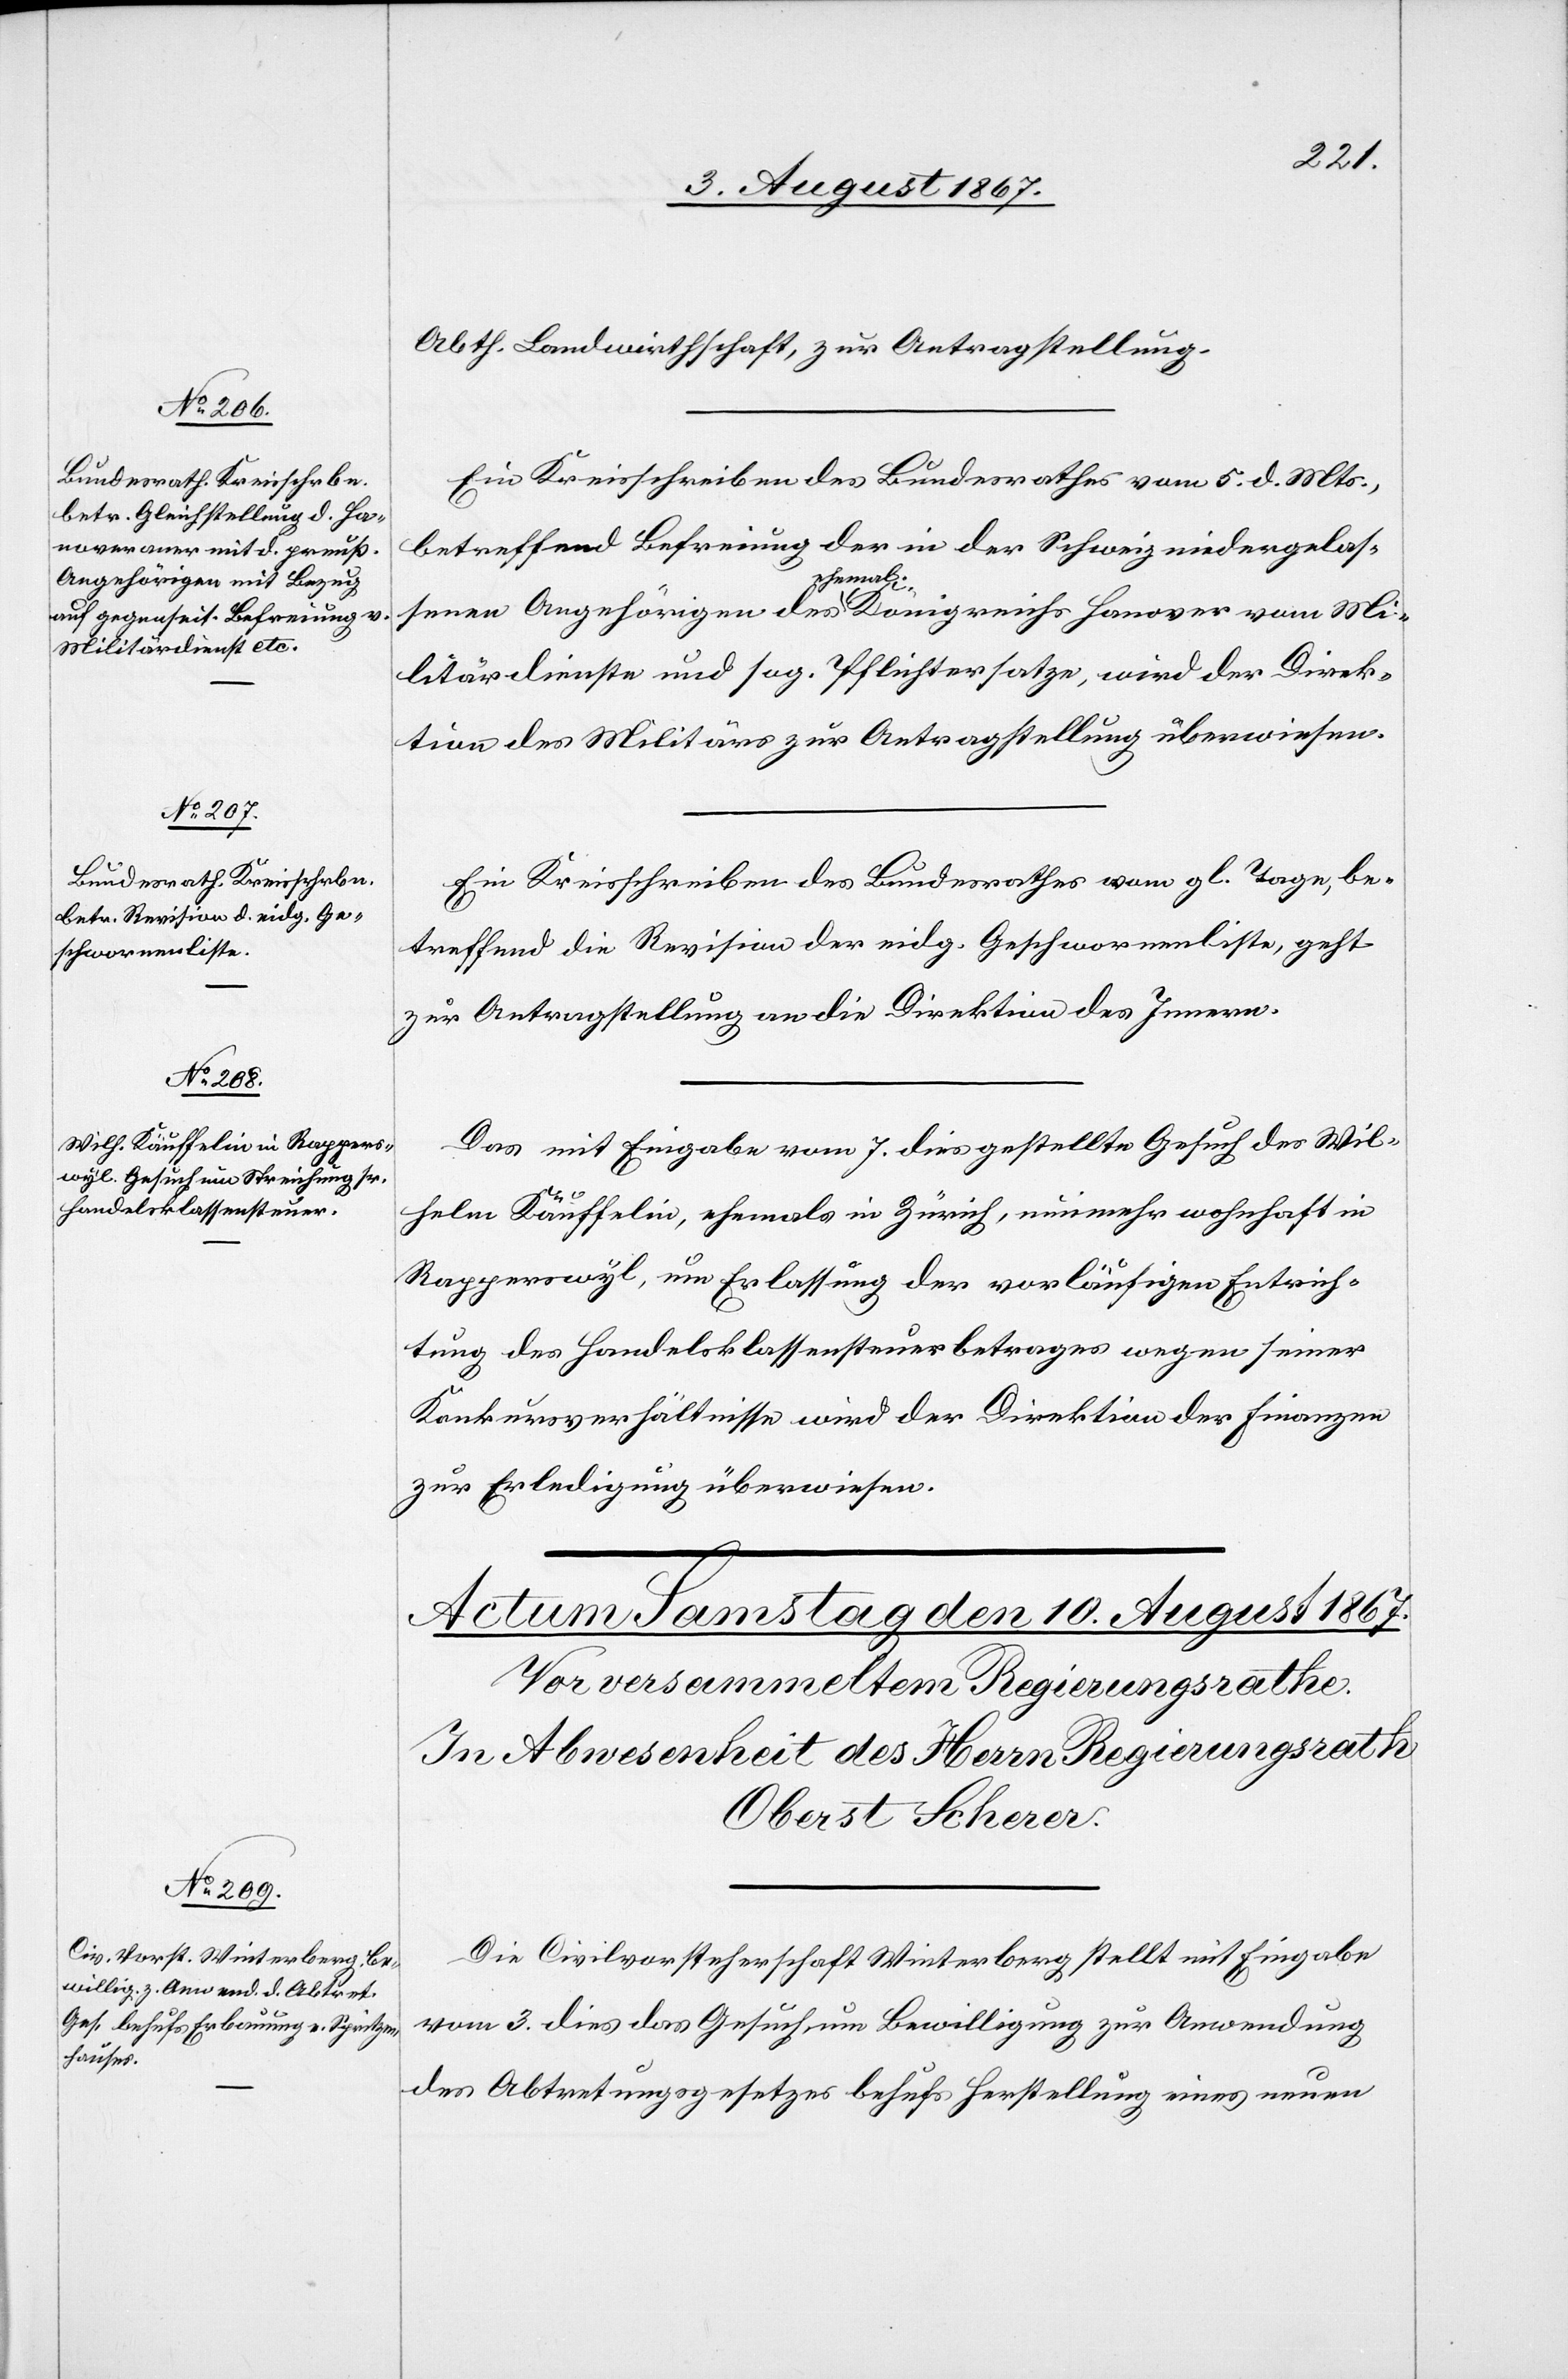
9. August 1867.]
Abth. Landwirthschaft, zur Antragstellung.
Ein Kreisschreiben des Bundesrathes vom 5. d. Mts.
betreffend Befreiung der in der Schweiz niedergelas¬
senen Angehörigen des a-ehemal.-a Königreichs Hanover vom Mi¬
litärdienste und sog. Pflichtersatze, wird der Direk¬
tion des Militärs zur Antragstellung überwiesen.
Ein Kreisschreiben des Bundesrathes vom gl. Tage, be¬
treffend die Revision der eidg. Geschwornenliste, geht
zur Antragstellung an die Direktion des Innern.
Das mit Eingabe vom 7. dies gestellte Gesuch des Wil¬
helm Käuffelin, ehemals in Zürich, nunmehr wohnhaft in
Rapperswyl, um Erlassung der vorläufigen Entrich¬
tung des Handelsklassensteuerbetrages wegen seiner
Konkursverhältnisse wird der Direktion der Finanzen
zur Erledigung überwiesen.
Die Civilvorsteherschaft Winterberg stellt mit Eingabe
vom 3. dies das Gesuch um Bewilligung zur Anwendung
des Abtretungsgesetzes behufs Herstellung eines neuen